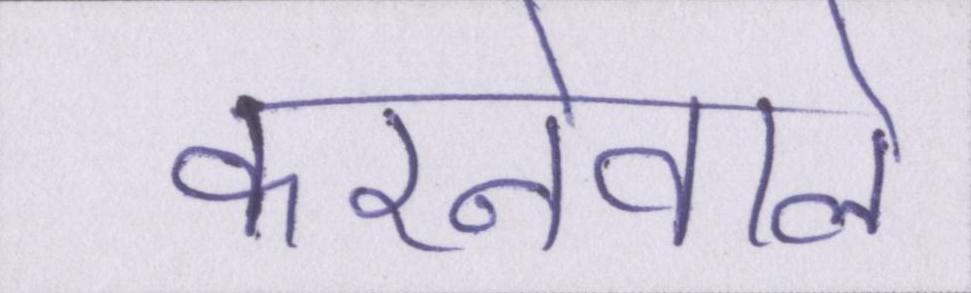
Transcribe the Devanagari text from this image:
करनेवाले